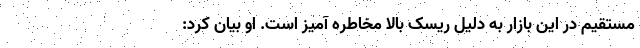
مستقیم در این بازار به دلیل ریسک بالا مخاطره آمیز است. او بیان کرد: